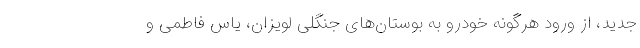
جدید، از ورود هرگونه خودرو به بوستان‌های جنگلی لویزان، یاس فاطمی و